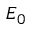
E _ { 0 }